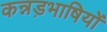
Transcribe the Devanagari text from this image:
कन्नड़भाषियों